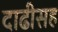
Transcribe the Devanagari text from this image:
दाढीसह